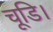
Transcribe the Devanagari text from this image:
चूडि।